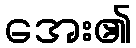
အေး၏